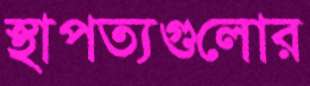
স্থাপত্যগুলোর